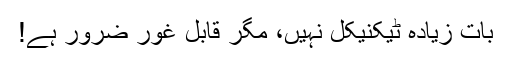
بات زیادہ ٹیکنیکل نہیں، مگر قابل غور ضرور ہے!